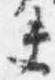
夫